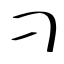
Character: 刁